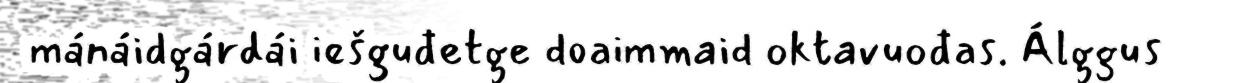
mánáidgárdái iešguđetge doaimmaid oktavuođas. Álggus